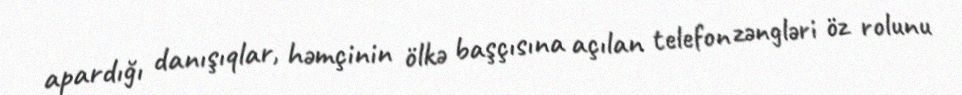
apardığı danışıqlar, həmçinin ölkə başçısına açılan telefon zəngləri öz rolunu